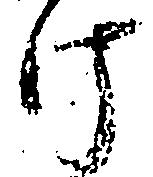
け